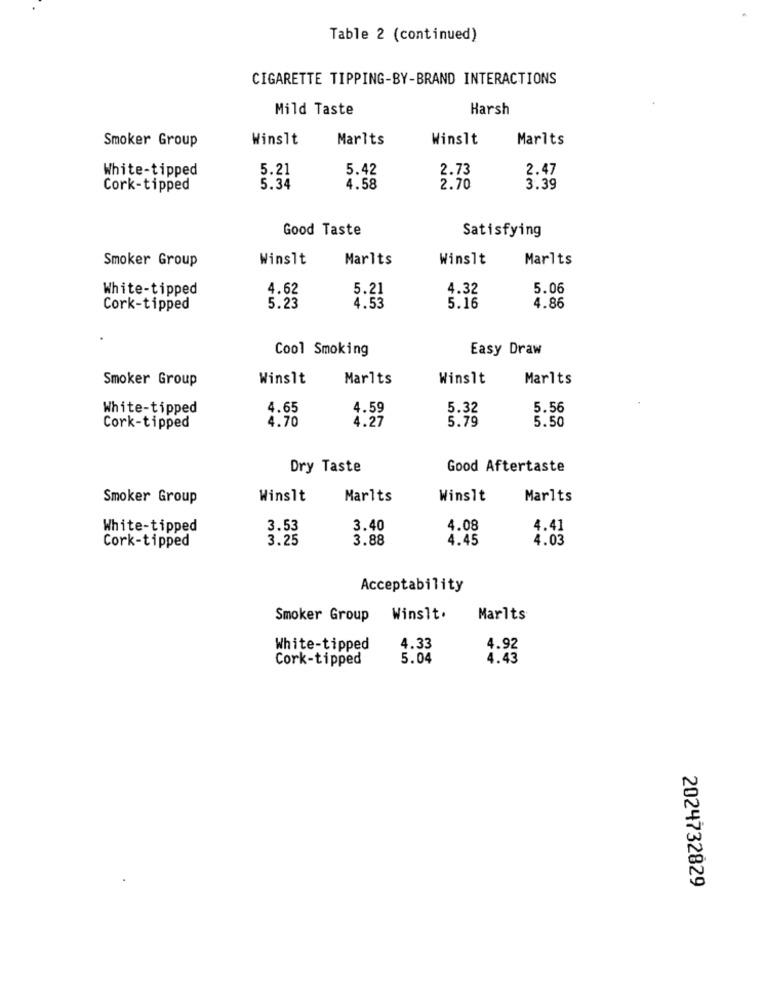
Table 2 (continued)
CIGARETTE TIPPING-BY-BRAND INTERACTIONS
Mild Taste
Harsh
Winslt
Marlts
Winslt
Marlts
Smoker Group
White-tipped
5.21
5.42
2.73
2.47
Cork-tipped
5.34
4.58
2.70
3.39
Good Taste
Satisfying
Smoker Group
Winslt
Marlts
Winslt
Marlts
White-tipped
4.62
5.21
4.32
5.06
Cork-tipped
5.23
4.53
5.16
4.86
Cool Smoking
Easy Draw
Smoker Group
Winslt
Marlts
Winslt
Marlts
White-tipped
4.65
4.59
5.32
5.56
4.70
4.27
5.79
5.50
Cork-tipped
Dry Taste
Good Aftertaste
Smoker Group
Winslt
Marlts
Winslt
Marlts
White-tipped
3.53
3.40
4.08
4.41
3.25
3.88
4.45
4.03
Cork-tipped
Acceptability
Smoker Group
Winslt.
Marlts
White-tipped
4.33
4.92
Cork-tipped
5.04
4.43
2024732829